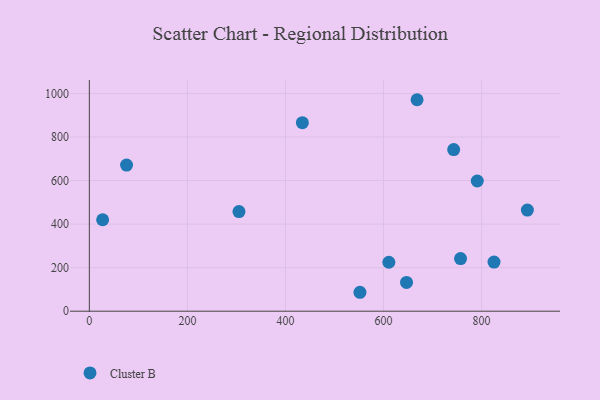
{"axis": {"x": "Ad Spend", "y": "Salary"}, "legend": ["Cluster B"], "data": [{"x": "743.1", "y": 742.1, "type": "Cluster B"}, {"x": "305.2", "y": 457.4, "type": "Cluster B"}, {"x": "825.4", "y": 225.5, "type": "Cluster B"}, {"x": "668.4", "y": 971.0, "type": "Cluster B"}, {"x": "893.4", "y": 464.5, "type": "Cluster B"}, {"x": "646.9", "y": 132.0, "type": "Cluster B"}, {"x": "434.5", "y": 865.4, "type": "Cluster B"}, {"x": "551.9", "y": 86.9, "type": "Cluster B"}, {"x": "757.1", "y": 241.5, "type": "Cluster B"}, {"x": "791.2", "y": 597.8, "type": "Cluster B"}, {"x": "75.9", "y": 671.0, "type": "Cluster B"}, {"x": "27.1", "y": 419.8, "type": "Cluster B"}, {"x": "610.9", "y": 224.7, "type": "Cluster B"}]}